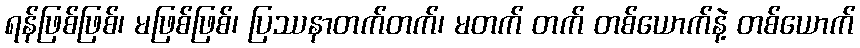
ရန်ဖြစ်ဖြစ်၊ မဖြစ်ဖြစ်၊ ပြဿနာတက်တက်၊ မတက် တက် တစ်ယောက်နဲ့ တစ်ယောက်